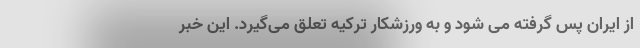
از ایران پس گرفته می شود و به ورزشکار ترکیه تعلق می‌گیرد. این خبر